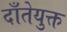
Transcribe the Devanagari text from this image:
दाँतेयुक्त